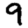
Digit: 9